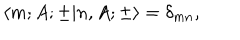
LaTeX: \langle m ; A ; \pm | n , A ; \pm \rangle = \delta _ { m n } ,